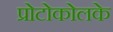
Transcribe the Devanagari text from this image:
प्रोटोकोलके